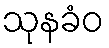
သုနခံဝ